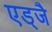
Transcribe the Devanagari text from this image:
एड्जै